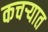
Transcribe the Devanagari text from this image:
कचर्‍यात